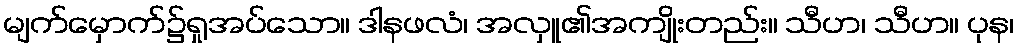
မျက်မှောက်၌ရှုအပ်သော။ ဒါနဖလံ၊ အလှူ၏အကျိုးတည်း။ သီဟ၊ သီဟ။ ပုန၊